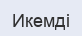
Икемді